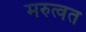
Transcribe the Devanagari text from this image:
मरुत्वत